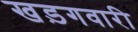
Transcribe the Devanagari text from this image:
खड़गवारी